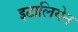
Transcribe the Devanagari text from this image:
इटालियेन